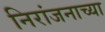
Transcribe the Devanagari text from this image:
निरांजनाच्या